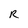
Character: R